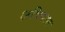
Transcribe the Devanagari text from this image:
क्षत्रियात